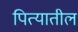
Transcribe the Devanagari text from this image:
पित्यातील